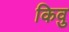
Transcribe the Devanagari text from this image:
किवु